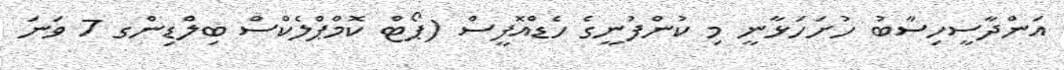
އަންދާސީހިސާބު ހުށަހަޅާނީ މި ކުންފުނީގެ ހެޑްއޮފީސް (ޕޯޓް ކޮމްޕްލެކްސް ބިލްޑިންގ 7 ވަނަ